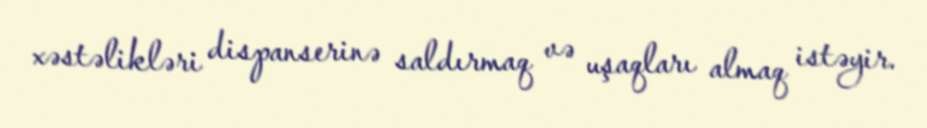
xəstəlikləri dispanserinə saldırmaq və uşaqları almaq istəyir.